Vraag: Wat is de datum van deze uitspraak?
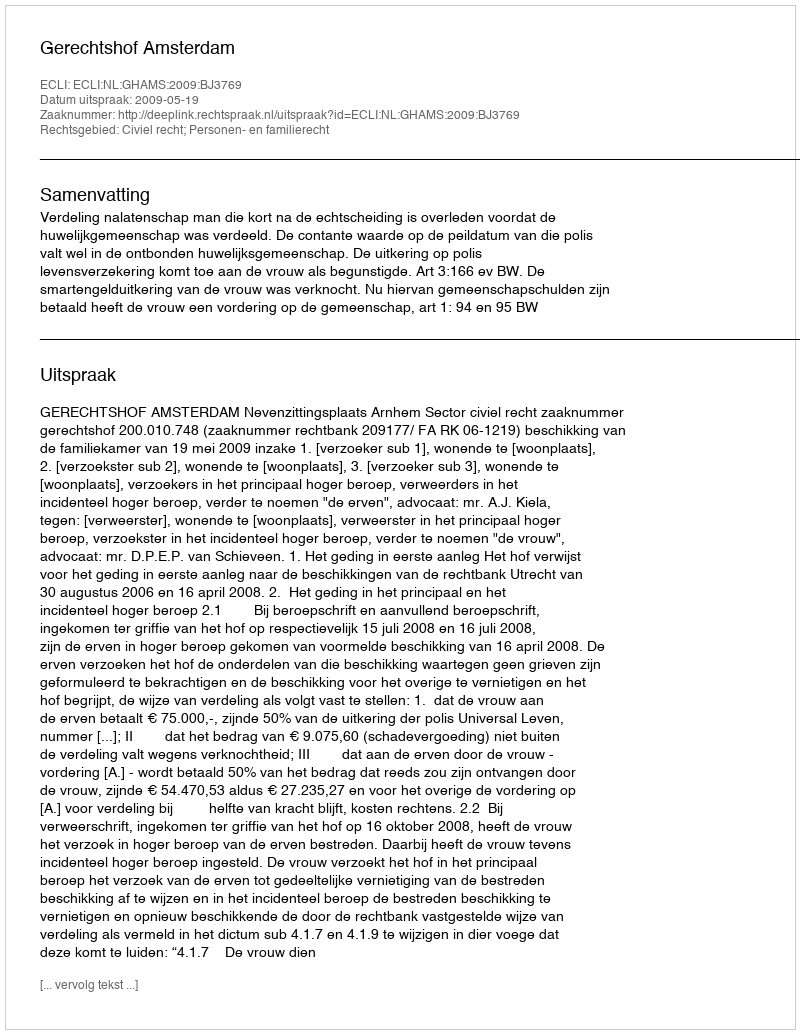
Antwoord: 2009-05-19